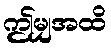
ဤမျှအထိ